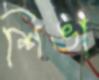
শিঙা